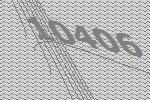
10406